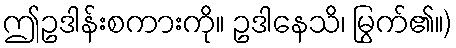
ဤဥဒါန်းစကားကို။ ဥဒါနေသိ၊ မြွက်၏။)